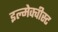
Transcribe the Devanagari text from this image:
इल्मेक्वीस्ट